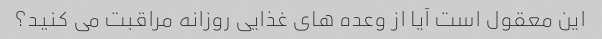
این معقول است آیا از وعده های غذایی روزانه مراقبت می کنید؟